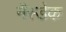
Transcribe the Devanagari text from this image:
नैस्डेक